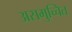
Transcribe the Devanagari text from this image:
असमुच्चित